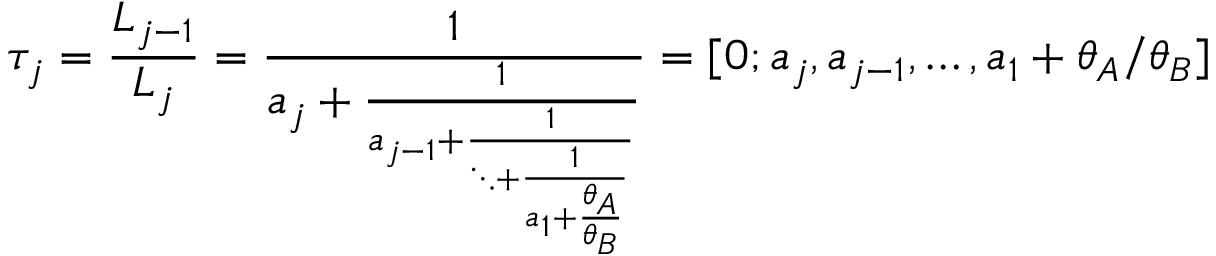
\tau _ { j } = \frac { L _ { j - 1 } } { L _ { j } } = \frac { 1 } { a _ { j } + \frac { 1 } { a _ { j - 1 } + \frac { 1 } { \ddots + \frac { 1 } { a _ { 1 } + \frac { \theta _ { A } } { \theta _ { B } } } } } } = [ 0 ; a _ { j } , a _ { j - 1 } , \ldots , a _ { 1 } + \theta _ { A } / \theta _ { B } ]